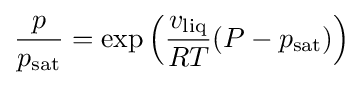
{\frac {p}{p_{\rm {sat}}}}=\exp \left({\frac {v_{\text{liq}}}{RT}}(P-p_{\rm {sat}})\right)